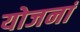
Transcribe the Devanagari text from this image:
योजनां